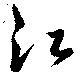
江